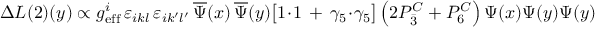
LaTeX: \Delta { \cal L } { ( 2 ) } ( y ) \propto g _ { \mathrm { e f f } } ^ { i } \, \varepsilon _ { i k l } \, \varepsilon _ { i k ^ { \prime } l ^ { \prime } } \, \overline { { { \Psi } } } ( x ) \, \overline { { { \Psi } } } ( y ) \bigl [ 1 \! \cdot \! 1 \, + \, \gamma _ { 5 } \! \cdot \! \gamma _ { 5 } \bigr ] \left( 2 { \cal P } _ { \bar { 3 } } ^ { C } + { \cal P } _ { 6 } ^ { C } \right) \Psi ( x ) \Psi ( y ) \Psi ( y )